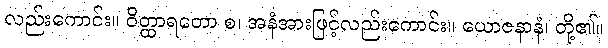
လည်းကောင်း။ ဝိတ္ထာရတော စ၊ အနံအားဖြင့်လည်းကောင်း။ ယောဇနာနံ၊ တို့၏။